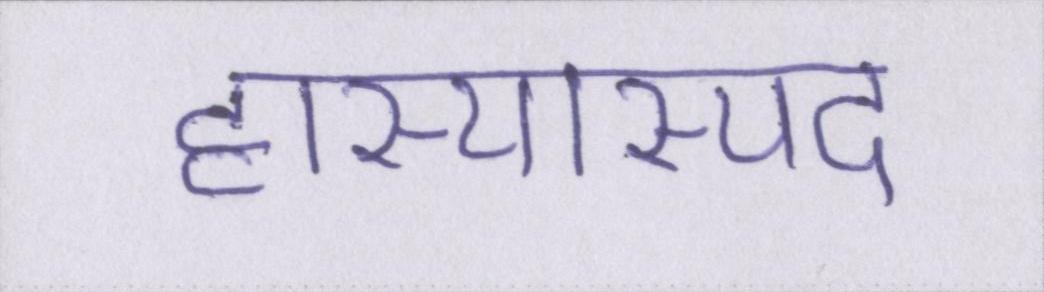
हास्यास्पद